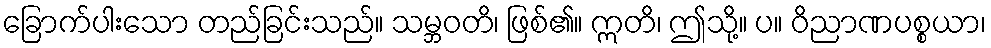
ခြောက်ပါးသော တည်ခြင်းသည်။ သမ္ဘဝတိ၊ ဖြစ်၏။ ဣတိ၊ ဤသို့။ ပ။ ဝိညာဏပစ္စယာ၊